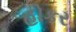
હોકર